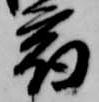
宿